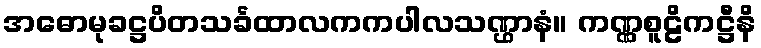
အဓောမုခဋ္ဌပိတသင်္ခထာလကကပါလသဏ္ဌာနံ။ ကဏ္ဏစူဠိကဋ္ဌီနိ